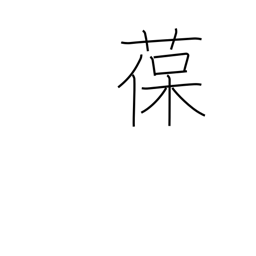
Meaning: adhere to